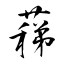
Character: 蕛